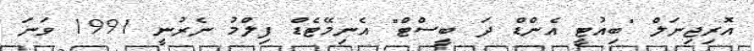
އޮރިޖިނަލް "ބިއުޓީ އެންޑް ދަ ބީސްޓް" އެނިމޭޓެޑް ފިލްމު ނެރުނީ 1991 ވަނަ